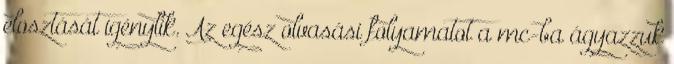
elosztását igénylik. Az egész olvasási folyamatot a mc-ba ágyazzuk